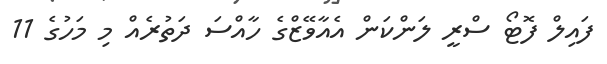
ފައިލް ފޮޓޯ ސްރީ ލަންކަން އެއާވޭޒްގެ ހާއްސަ ދަތުރެއް މި މަހުގެ 11